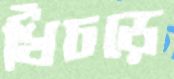
খিঁচড়ে